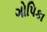
ગોપિકા